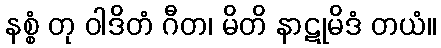
နစ္စံ တု ဝါဒိတံ ဂီတ၊ မိတိ နာဋုမိဒံ တယံ။